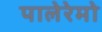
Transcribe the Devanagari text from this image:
पालेरेमो